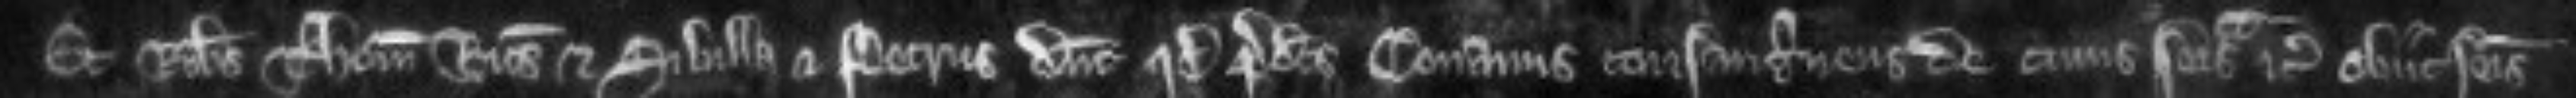
Et Robertus Thomas Ricardus et Sibilla et Petrus dicunt quod predictus Conanus consanguineus de cuius seisina etc obiit seisitus